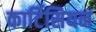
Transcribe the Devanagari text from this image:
कार्टिसियन